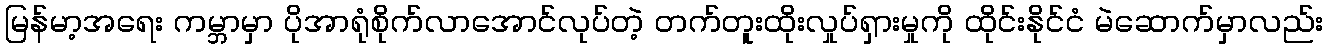
မြန်မာ့အရေး ကမ္ဘာမှာ ပိုအာရုံစိုက်လာအောင်လုပ်တဲ့ တက်တူးထိုးလှုပ်ရှားမှုကို ထိုင်းနိုင်ငံ မဲဆောက်မှာလည်း